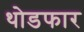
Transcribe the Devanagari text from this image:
थोडफार